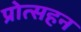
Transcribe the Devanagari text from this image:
प्रोत्सहन